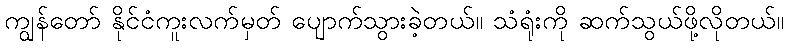
ကျွန်တော် နိုင်ငံကူးလက်မှတ် ပျောက်သွားခဲ့တယ်။ သံရုံးကို ဆက်သွယ်ဖို့လိုတယ်။